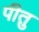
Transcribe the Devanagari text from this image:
पीतु